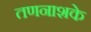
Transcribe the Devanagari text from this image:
तणनाशके